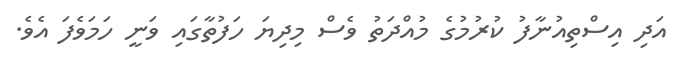
އަދި އިސްތިއުނާފު ކުރުމުގެ މުއްދަތު ވެސް މިދިޔަ ހަފުތާގައި ވަނީ ހަމަވެފަ އެވެ.